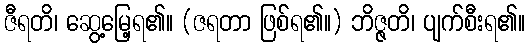
ဇီရတိ၊ ဆွေ့မြေ့ရ၏။ (ဇရတာ ဖြစ်ရ၏။) ဘိဇ္ဇတိ၊ ပျက်စီးရ၏။